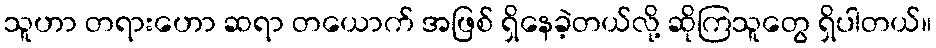
သူဟာ တရားဟော ဆရာ တယောက် အဖြစ် ရှိနေခဲ့တယ်လို့ ဆိုကြသူတွေ ရှိပါတယ်။